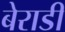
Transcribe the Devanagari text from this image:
बेराडी